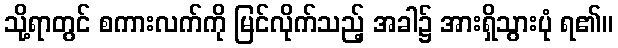
သို့ရာတွင် စကားလက်ကို မြင်လိုက်သည့် အခါ၌ အားရှိသွားပုံ ရ၏။